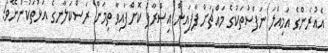
އެއުރެންގެ އަމިއްލަ ނަފްސުތަކުގެ މައްޗަށް ފާފައިން އިސްރާފު ކޮށްފައިވާ ތިމަން ރަސްކަލާނގެ އަޅުތަކުންނޭވެ!